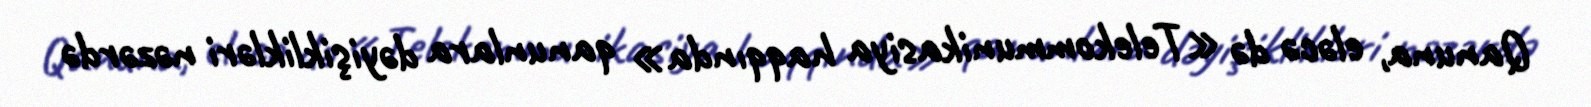
Qanuna, eləcə də «Telekommunikasiya haqqında» qanunlara dəyişiklikləri nəzərdə